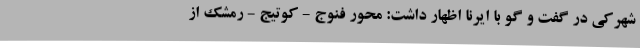
شهرکی در گفت و گو با ایرنا اظهار داشت: محور فنوج - کوتیج - رمشک از